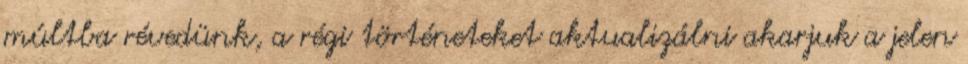
múltba révedünk, a régi történeteket aktualizálni akarjuk a jelen